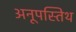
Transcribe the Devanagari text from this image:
अनूपस्तिथ